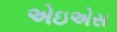
એઇએસ